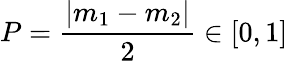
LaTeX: P=\frac{|m_{1}-m_{2}|}{2}\in[0,1]